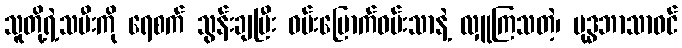
သူတို့ရဲ့သမီးကို ရေစက် သွန်းချပြီး ဝမ်းမြောက်ဝမ်းသာနဲ့ လှူကြသတဲ့၊ ဗုဒ္ဓဘာသာဝင်